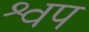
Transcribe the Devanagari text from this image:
श्वप